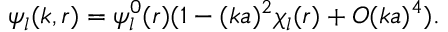
\psi _ { l } ( k , r ) = \psi _ { l } ^ { 0 } ( r ) ( 1 - ( k a ) ^ { 2 } \chi _ { l } ( r ) + O ( k a ) ^ { 4 } ) .